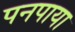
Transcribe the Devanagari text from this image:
पनपाया